Annual report of the Punjab Veterinary College and of the Civil Veterinary Department, Punjab - 1909-1919
Year: 1909
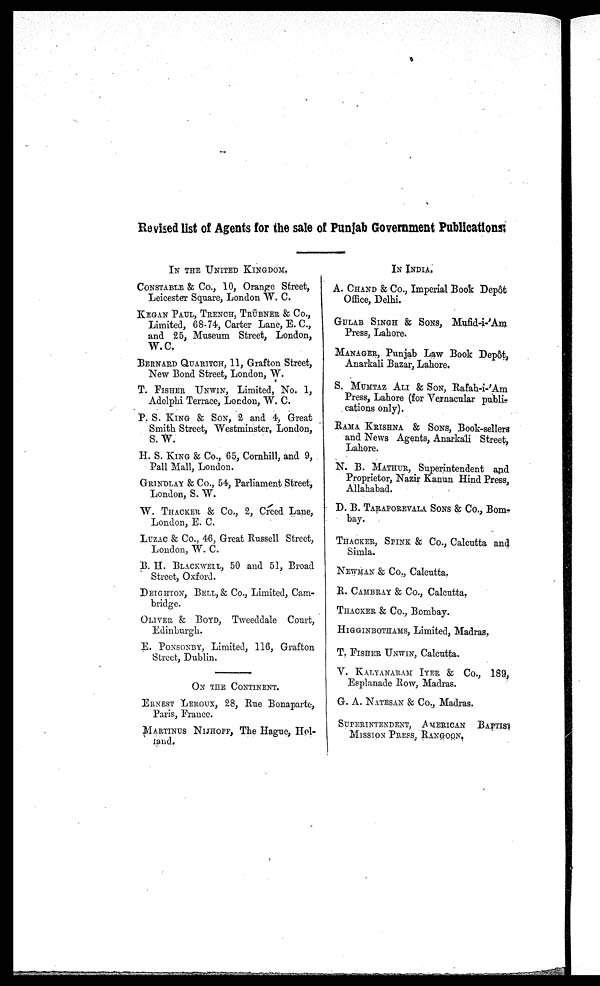
Revised list of Agents for the sale of Punjab Government Publications
IN THE UNITED KINGDOM.
CONSTABLE & Co., 10, Orange Street,
Leicester Square, London W. C.
KRGAN PAUL, TRENCH, TRÜBNER & CO.,
Limited, 68-74, Carter Lane, E. C.,
and 25, Museum Street, London,
W.C.
BERNARD QUARITCH, 11, Grafton Street,
New Bond Street, London, W.
T. FISHER UNWIN, Limited, No. 1,
Adelphi Terrace, London, W. C.
P. S. KING & SON, 2 and 4, Great
Smith Street, Westminster, London,
S. W.
H. S. KING & Co., 65, Cornhill, and 9,
Pall Mall, London.
GRINDLAY & Co., 54, Parliament Street,
London, S. W.
W.THACKER & Co., 2, Creed Lane,
London, E. C.
LUZAC & Co., 46, Great Russell Street,
London, W. C.
B. H. BLACKWELL, 50 and 51, Broad
Street, Oxford.
DEIGHTON,BELL, & Co., Limited, Cam-
bridge.
OLIVER & BOYD,Tweeddale Court,
Edinburgh.
E. PONSONBY, Limited, 116, Grafton
Street, Dublin.
ON THE CONTINENT.
ERNEST LEROUX, 28, Rue Bonaparte,
Paris, France.
MARTINUS NIJHOFF, The Hague, Hol-
land.
IN INDIA.
A. CHAND & Co., Imperial Boot Depôt
Office, Delhi.
GULAB SINGH &SONS , Mufid-i-'Am
Press, Lahore.
MANAGER, Punjab Law Book Depôt,
Anarkali Bazar, Lahore.
S. MUMTAZ ALI & SON, Rafah-i-'Am
Press, Lahore (for Vernacular public
cations only).
RAMA KIRISHNA & SONS, Book-sellers
and News Agents, Anarkali Street,
Lahore.
N. B.MATHUR, Superintendent and
Proprietor, Nazir Kanun Hind Press,
Allahabad.
D. B. TARAPOREVALA SONS & Co., Bom-
bay.
THACKER, SPINK & Co., Calcutta and
Simla.
NEWMAN & Co., Calcutta.
R. CAMBRAY & Co., Calcutta.
THACKER & Co., Bombay.
HIGGINBOTHAMS, Limited, Madras.
T. FISHER UNWIN, Calcutta.
KALYANARAM IYER & Co., 189,
Esplanade Row, Madras.
G. A . NATESAN & Co., Madras.
SUPERINTENDENT, AMERICAN BAPTIST
MISSION PRESS, RANGOON.